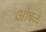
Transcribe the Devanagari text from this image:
आंबळे